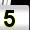
Digit: 5